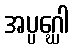
အပ္ပဂ္ဃေါ